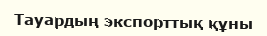
Тауардың экспорттық құны